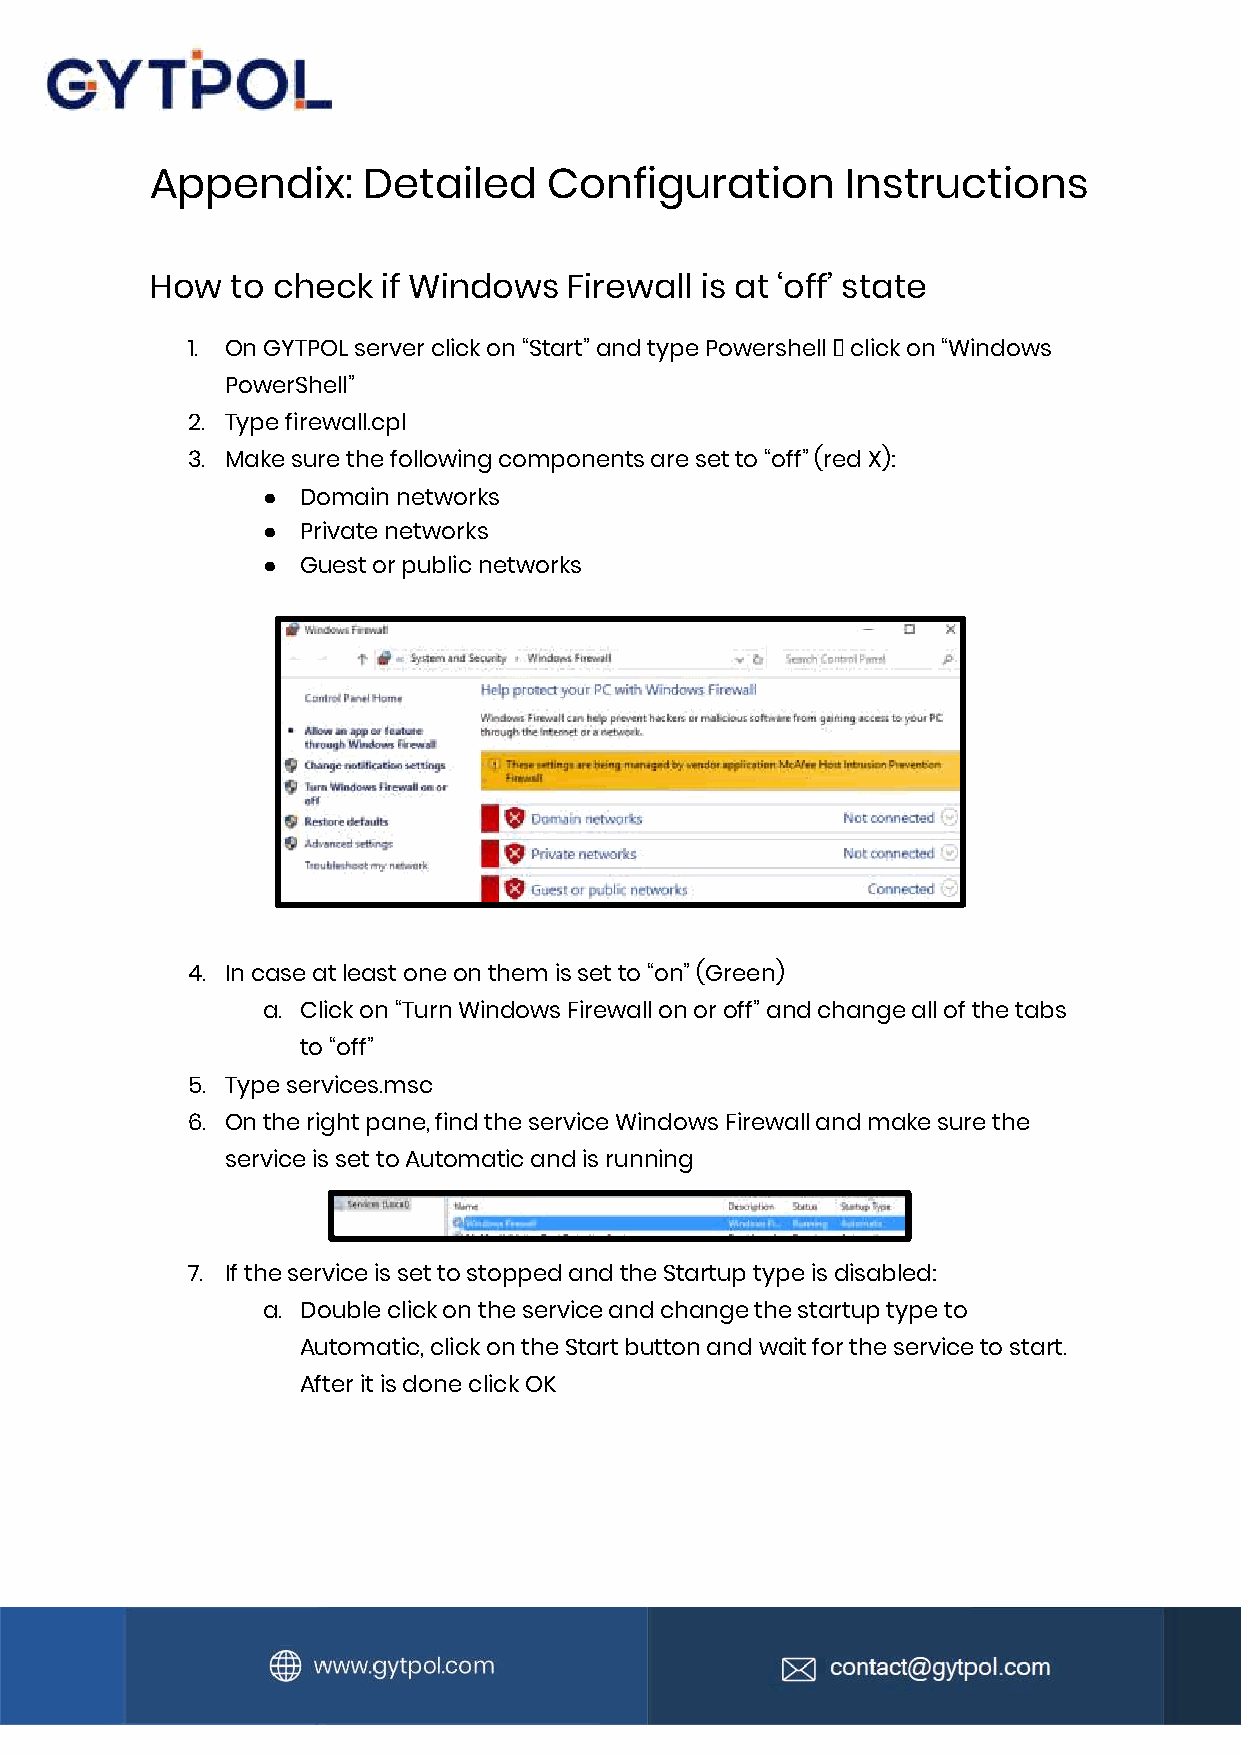
Appendix:     Detailed    Configuration       Instructions
 How  to check  if Windows   Firewall is at ‘off’ state
 1. On GYTPOL server click on “Start” and type Powershell 🡪 click on “Windows
 PowerShell”
 2. Type firewall.cpl
 3. Make sure the following components are set to “off” (red X):
 ●  Domain networks
 ●  Private networks
 ●  Guest or public networks
 4. In case at least one on them is set to “on” (Green)
 a. Click on “Turn Windows Firewall on or off” and change all of the tabs
 to “off”
 5. Type services.msc
 6. On the right pane, find the service Windows Firewall and make sure the
 service is set to Automatic and is running
 7. If the service is set to stopped and the Startup type is disabled:
 a. Double click on the service and change the startup type to
 Automatic, click on the Start button and wait for the service to start.
 After it is done click OK